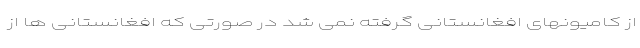
از کامیونهای افغانستانی گرفته نمی شد در صورتی که افغانستانی ها از